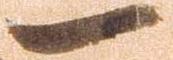
一